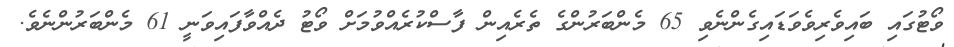
ވޯޓުގައި ބައިވެރިވެވަޑައިގެންނެވި 65 މެންބަރުންގެ ތެރެއިން ފާސްކުރެއްވުމަށް ވޯޓު ދެއްވާފައިވަނީ 61 މެންބަރުންނެވެ.